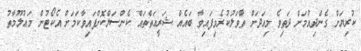
ކުރިޔަށް ގެންދިއުމަށް ދަތިވެ މިއަދަށް ތާވަލުކުރެވިފައިވާ ބައެއް ޝަރީޢަތްތައް ކެންސަލްކޮށްފައިވާކަމަށް އެކޯޓުން މަޢުލޫމާތު